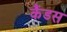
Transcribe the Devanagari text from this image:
कैंडस